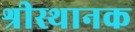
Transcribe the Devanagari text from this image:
श्रीस्थानक